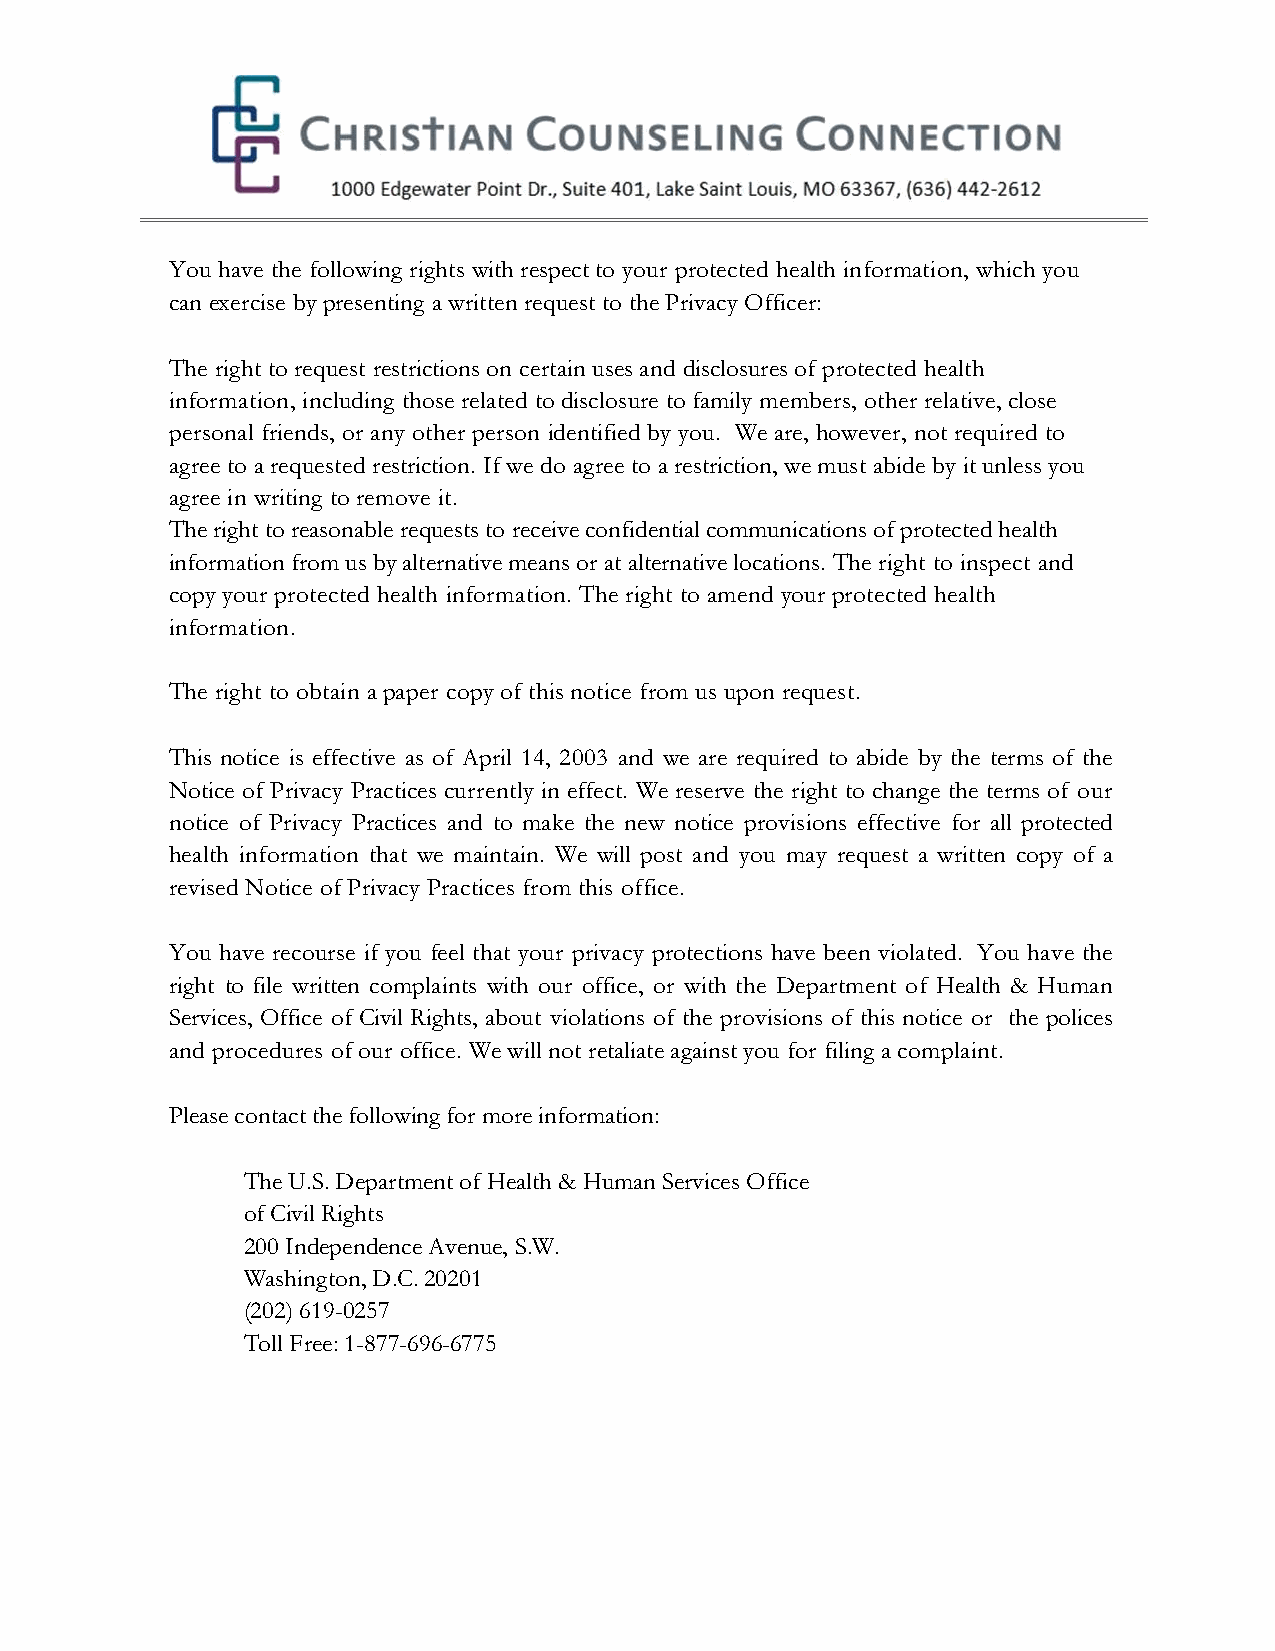
You have the following rights with respect to your protected health information, which you
 can exercise by presenting a written request to the Privacy Officer:
 The right to request restrictions on certain uses and disclosures of protected health
 information, including those related to disclosure to family members, other relative, close
 personal friends, or any other person identified by you. We are, however, not required to
 agree to a requested restriction. If we do agree to a restriction, we must abide by it unless you
 agree in writing to remove it.
 The right to reasonable requests to receive confidential communications of protected health
 information from us by alternative means or at alternative locations. The right to inspect and
 copy your protected health information. The right to amend your protected health
 information.
 The right to obtain a paper copy of this notice from us upon request.
 This notice is effective as of April 14, 2003 and we are required to abide by the terms of the
 Notice of Privacy Practices currently in effect. We reserve the right to change the terms of our
 notice of Privacy Practices and to make the new notice provisions effective for all protected
 health information that we maintain. We will post and you may request a written copy of a
 revised Notice of Privacy Practices from this office.
 You have recourse if you feel that your privacy protections have been violated. You have the
 right to file written complaints with our office, or with the Department of Health & Human
 Services, Office of Civil Rights, about violations of the provisions of this notice or the polices
 and procedures of our office. We will not retaliate against you for filing a complaint.
 Please contact the following for more information:
 The U.S. Department of Health & Human Services Office
 of Civil Rights
 200 Independence Avenue, S.W.
 Washington, D.C. 20201
 (202) 619-0257
 Toll Free: 1-877-696-6775